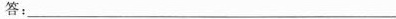
答：_____